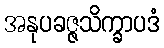
အနုပခဇ္ဇသိက္ခာပဒံ